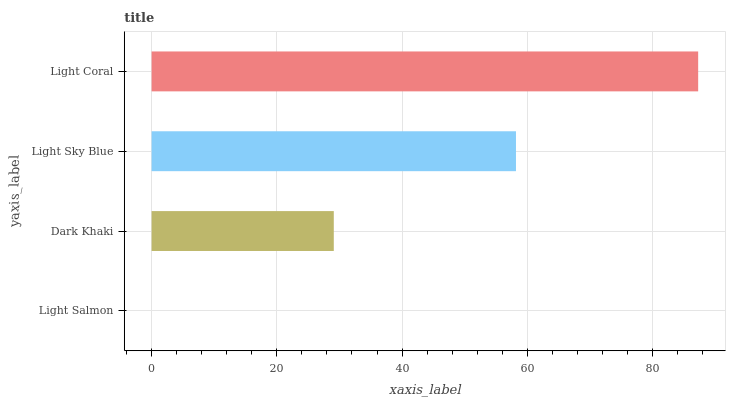
| yaxis_label | bars |
 | --- | --- |
 | Light Salmon | 0 |
 | Dark Khaki | 29.1 |
 | Light Sky Blue | 58.2 |
 | Light Coral | 87.3 |